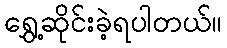
ရွှေ့ဆိုင်းခဲ့ရပါတယ်။